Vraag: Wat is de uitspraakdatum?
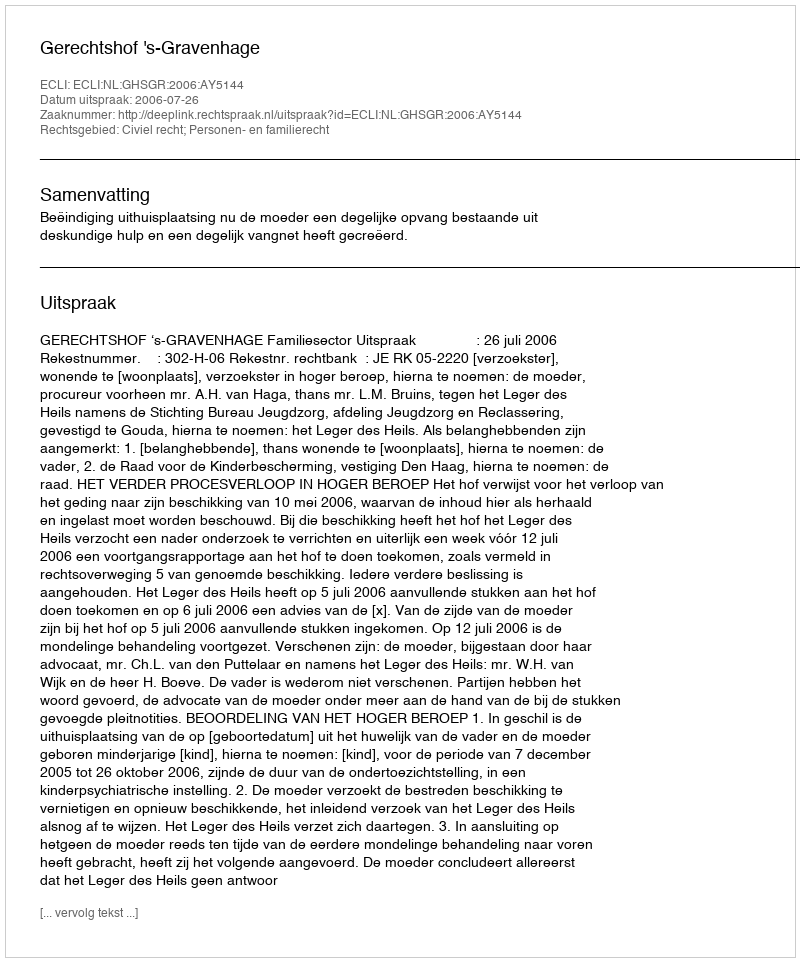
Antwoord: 2006-07-26